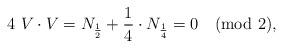
LaTeX: \begin{align*}4\ V\cdot V= N_{{1\over 2}} + {1\over 4}\cdot N_{1\over 4}=0 \quad ({\rm mod}\ 2),\end{align*}